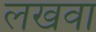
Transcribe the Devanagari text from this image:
लखवा